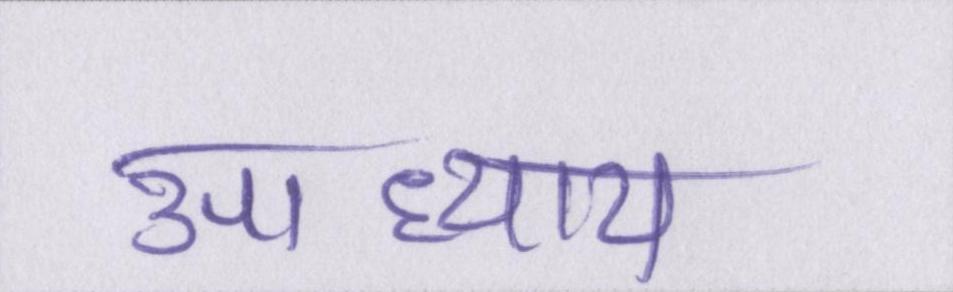
उपाध्याय